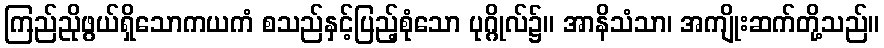
ကြည်ညိုဖွယ်ရှိသောကယကံ စသည်နှင့်ပြည့်စုံသော ပုဂ္ဂိုလ်၌။ အာနိသံသာ၊ အကျိုးဆက်တို့သည်။